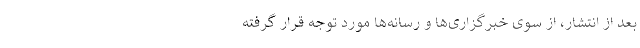
بعد از انتشار، از سوی خبرگزاری‌ها و رسانه‌ها مورد توجه قرار گرفته